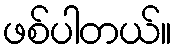
ဖစ်ပါတယ်။